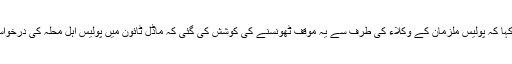
انہوں نے کہا کہ پولیس ملزمان کے وکلاء کی طرف سے یہ موقف ٹھونسنے کی کوشش کی گئی کہ ماڈل ٹائون میں پولیس اہل محلہ کی درخواست پر آئی۔